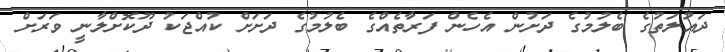
ދައުލަތުގެ ބެލުމުގެ ދަށުން އެހެން ފަރާތެއްގެ ބެލުމުގެ ދަށަށް ކުއްޖަކު ދޫކޮށްލާނީ ވަރަށް